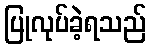
ပြုလုပ်ခဲ့ရသည်